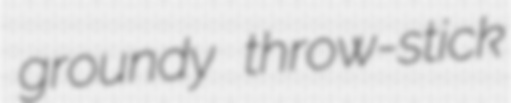
groundy throw-stick